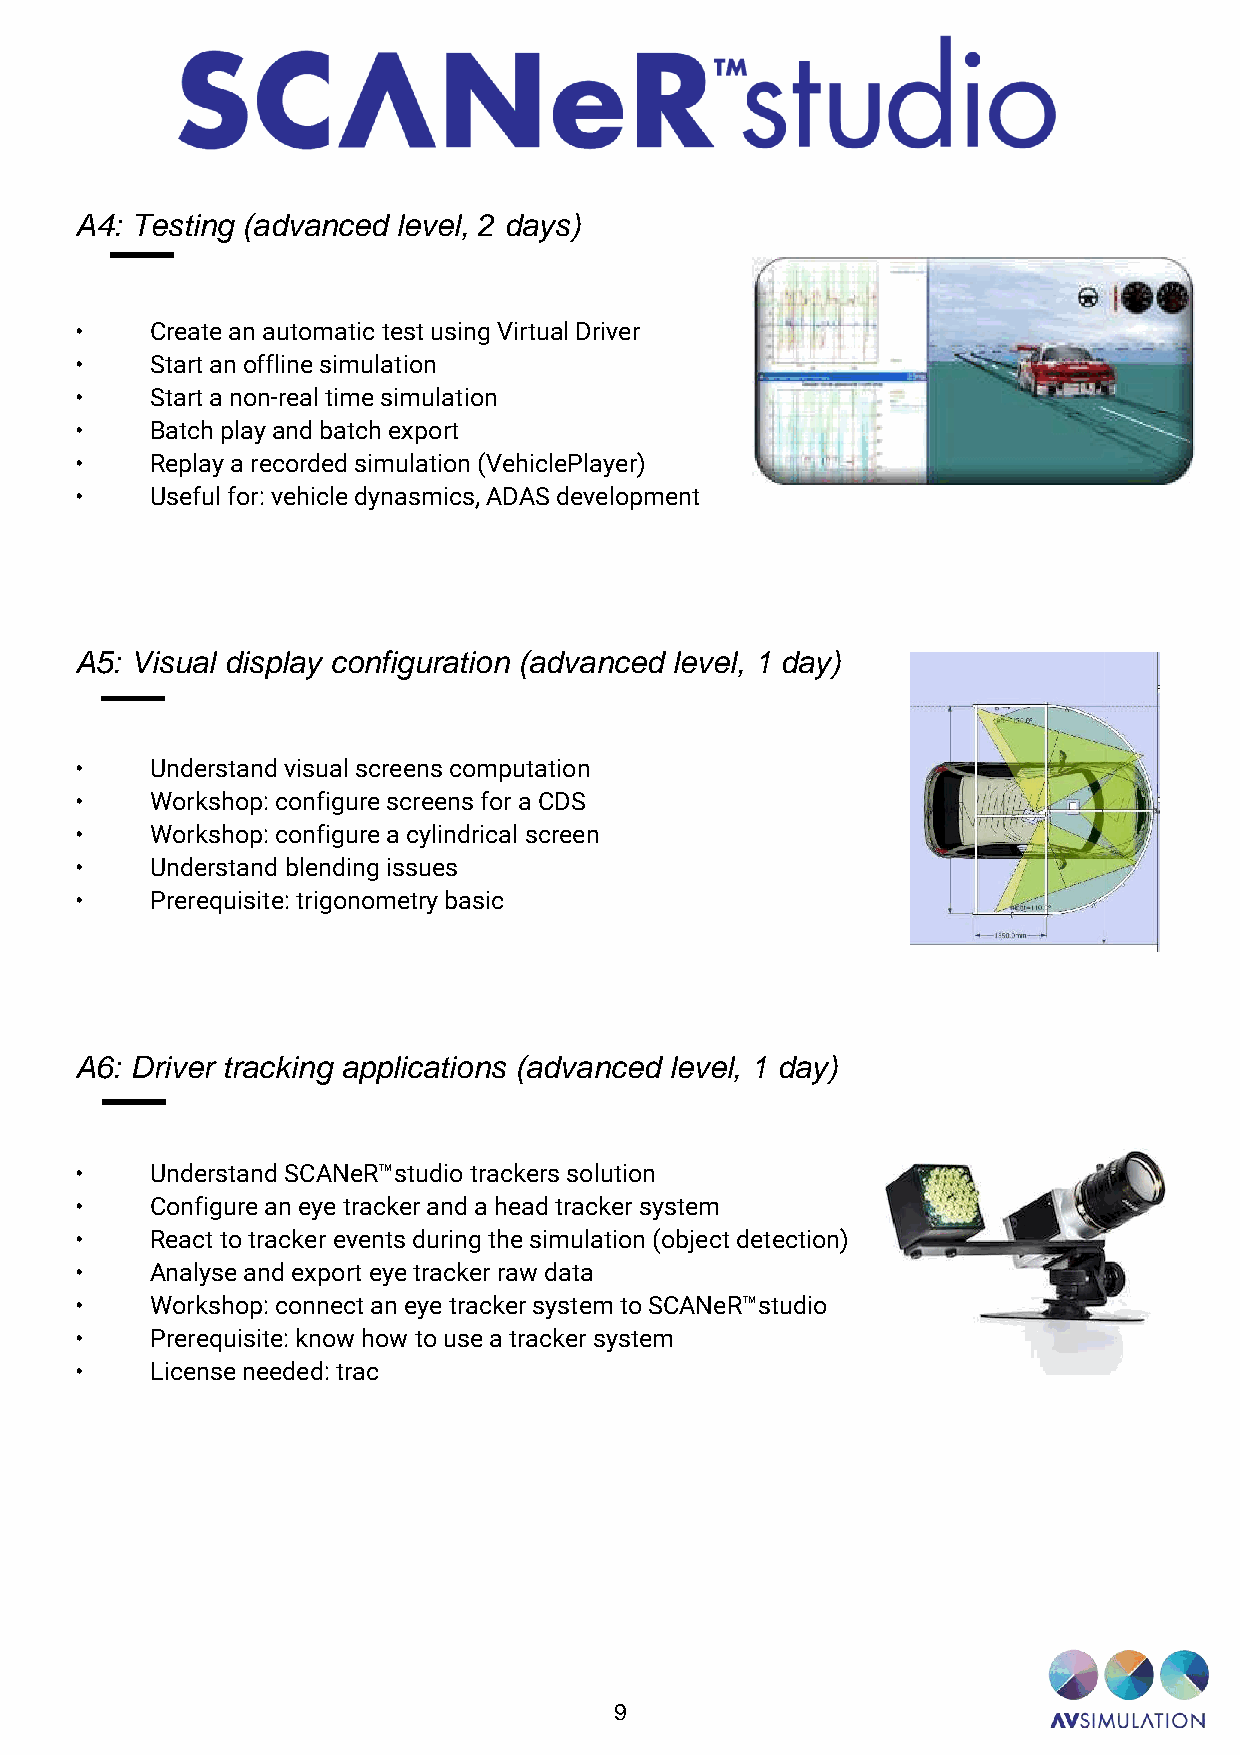
A4: Testing (advanced level, 2 days)
 •    Create an automatic test using Virtual Driver
 •    Start an offline simulation
 •    Start a non-real time simulation
 •    Batch play and batch export
 •    Replay a recorded simulation (VehiclePlayer)
 •    Useful for: vehicle dynasmics, ADAS development
 A5: Visual display configuration (advanced level, 1 day)
 •    Understand visual screens computation
 •    Workshop: configure screens for a CDS
 •    Workshop: configure a cylindrical screen
 •    Understand blending issues
 •    Prerequisite: trigonometry basic
 A6: Driver tracking applications (advanced level, 1 day)
 •    Understand SCANeR™studio trackers solution
 •    Configure an eye tracker and a head tracker system
 •    React to tracker events during the simulation (object detection)
 •    Analyse and export eye tracker raw data
 •    Workshop: connect an eye tracker system to SCANeR™studio
 •    Prerequisite: know how to use a tracker system
 •    License needed: trac
 9